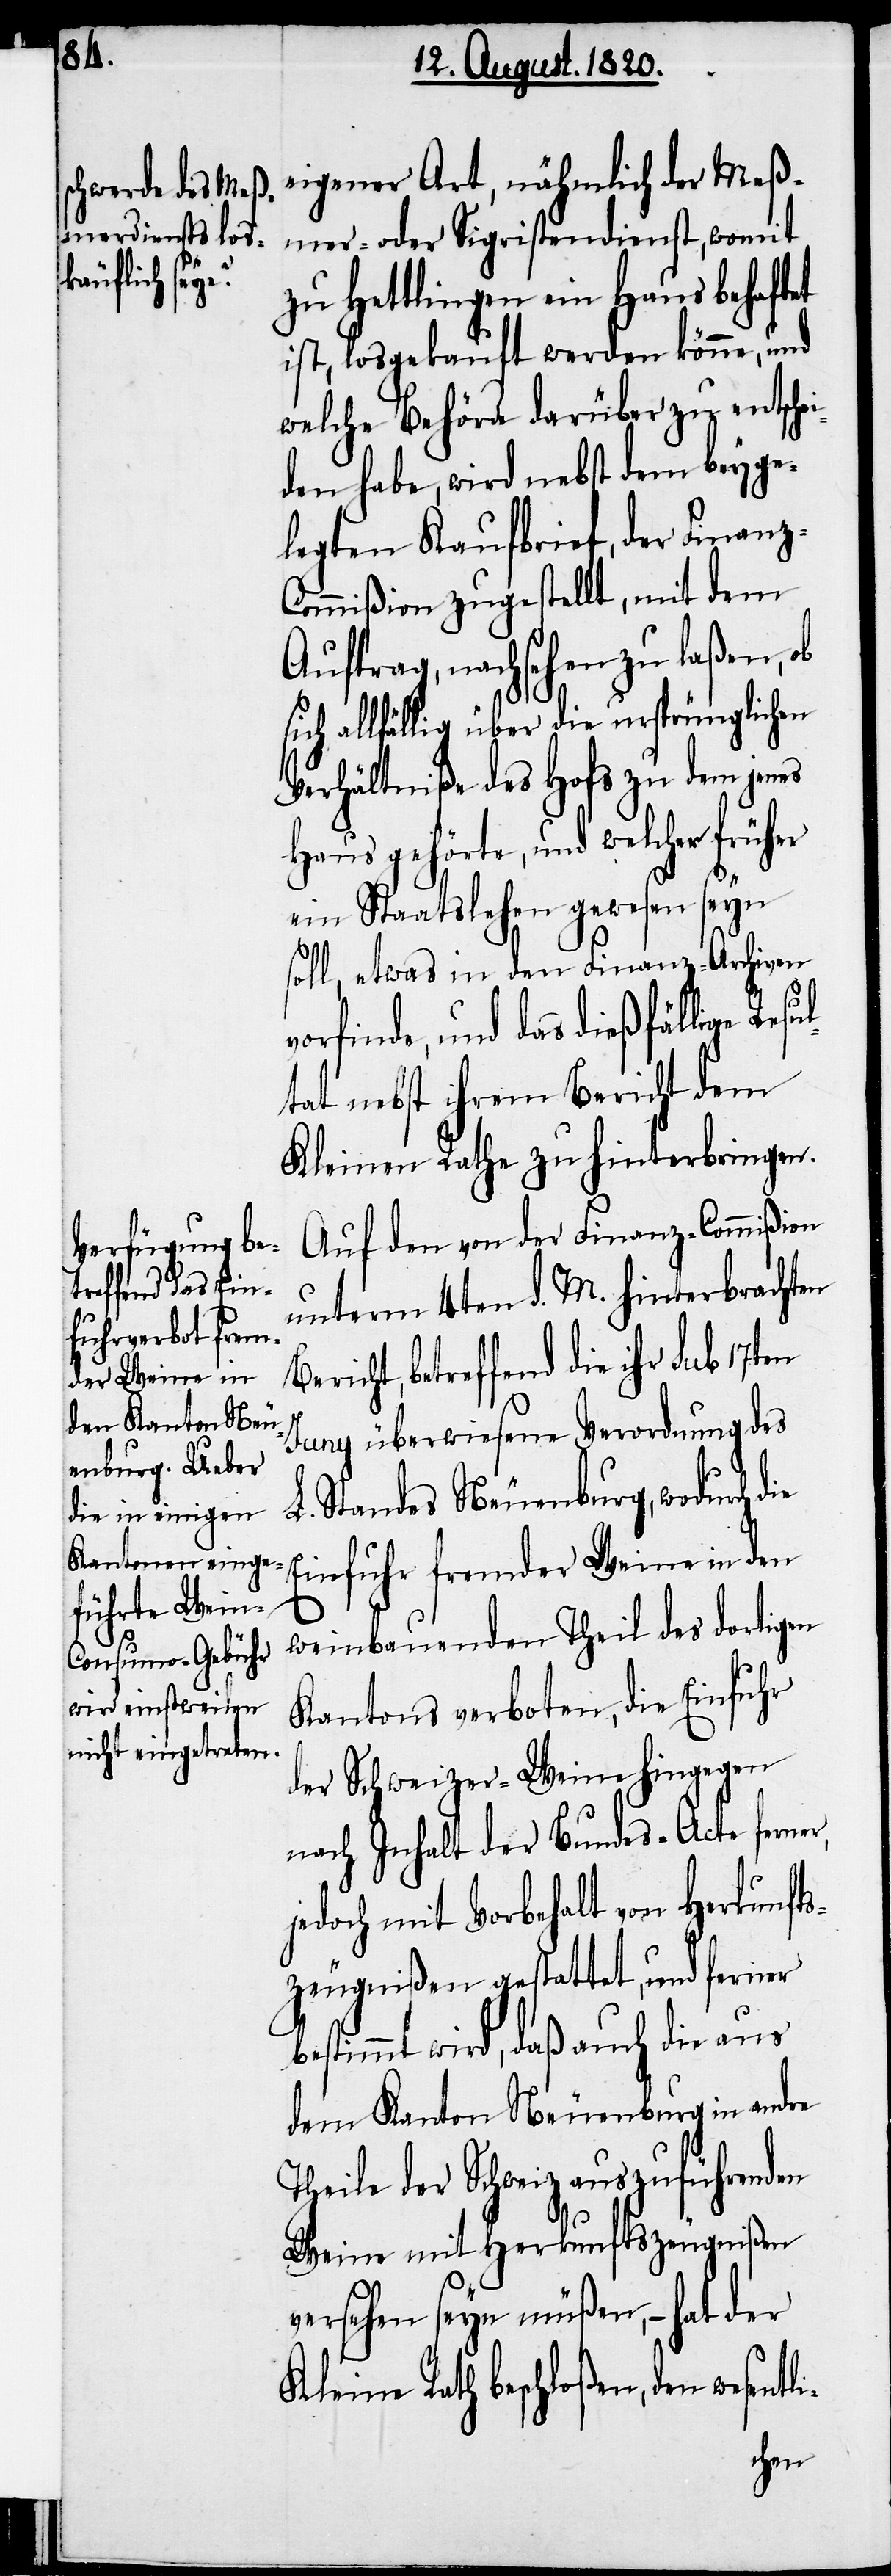
Auf den von der Finanz-Commißion
unterm 4ten d. M. hinterbrachten
betreffend die ihr sub 17ten
i-
Juny überwiesene Verordnung des
L. Standes Neuenburg, wodurch die
Einfuhr fremder Weine in den
weinbauenden Theil des dortigen
Kantons verboten, die Einfuhr
der Schweizer-Weine hingegen
nach Inhalt der Bundes-Acte fern¬
jedoch mit Vorbehalt von Herkunfts¬
zeugnißen gestattet, und ferner
bestimmt wird, daß auch die aus
dem Kanton Neuenburg in andre
Theile der Schweiz auszuführenden
Weine mit Herkunftszeugnißen
versehen seyn müßen, – hat der
Kleine Rath beschloßen, den wesent¬